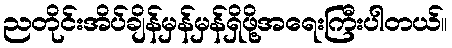
ညတိုင်းအိပ်ချိန်မှန်မှန်ရှိဖို့အရေးကြီးပါတယ်။